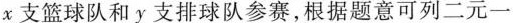
x支篮球队和y支排球队参赛，根据题意可列二元一